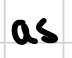
Text: as
Cross-out: clean
Writing tool: digital_black